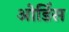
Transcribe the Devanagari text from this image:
ओर्डिस